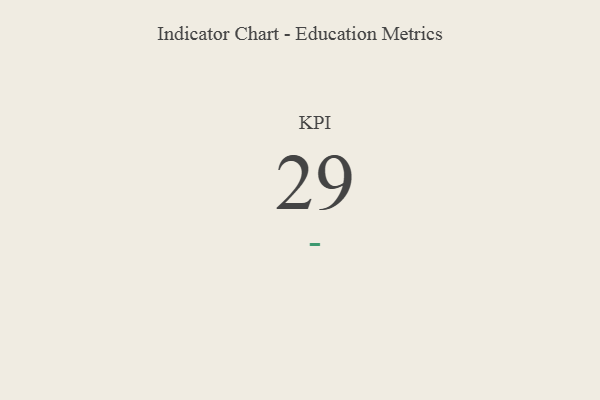
{"axis": {"x": "KPI", "y": "Value"}, "legend": [""], "data": [{"x": "KPI", "y": 29, "type": ""}]}